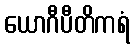
ယောဂီပီတိကရံ